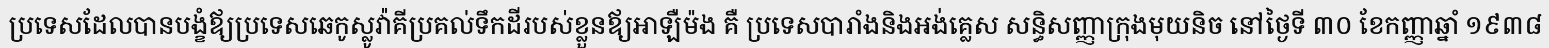
ប្រទេសដែលបានបង្ខំឪ្យប្រទេសឆេកូស្លូវ៉ាគីប្រគល់ទឹកដីរបស់ខ្លួនឪ្យអាឡឺម៉ង គឺ ប្រទេសបារាំងនិងអង់គ្លេស សន្ធិសញ្ញាក្រុងមុយនិច នៅថ្ងៃទី ៣០ ខែកញ្ញាឆ្នាំ ១៩៣៨